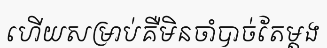
ហើយសម្រាប់គឺមិនចាំបាច់តែម្តង